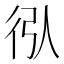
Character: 𢓙